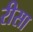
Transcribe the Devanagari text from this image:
रीसा